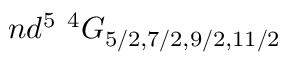
n d ^ { 5 } ~ { } ^ { 4 } G _ { 5 / 2 , 7 / 2 , 9 / 2 , 1 1 / 2 }